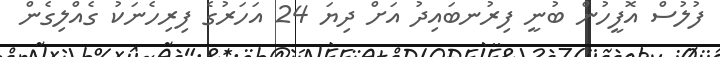
ފުލުސް އޮފީހުން ބުނީ ފިރުނބައިދު އަށް ދިިިިިިޔަ 24 އަހަރުގެ ފިރިހެނަކު ގެއްލިގެން